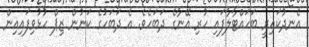
އެނދުކައިރީ ބަހައްޓާލާފައި ހުރި އޭނާގެ ދަބަހެވެ. އެ ދަބަހުގެ ކަނުން ޒިޕް ހުޅުވިފައިއިން